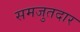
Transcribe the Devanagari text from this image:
समजुतदार